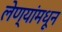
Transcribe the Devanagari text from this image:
लेण्यांमधून